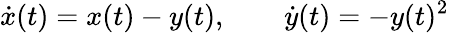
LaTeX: {\dot{x}}(t)=x(t)-y(t),\qquad{\dot{y}}(t)=-y(t)^{2}